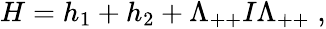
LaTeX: \begin{array}{r}{H=h_{1}+h_{2}+\Lambda_{++}I\Lambda_{++}\; ,}\end{array}